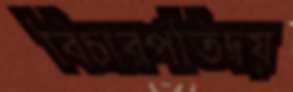
বিচারপতিদ্বয়